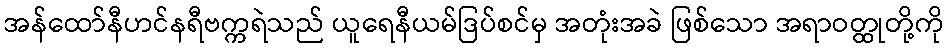
အန်ထော်နီဟင်နရီဗက္ကရဲသည် ယူရေနီယမ်ဒြပ်စင်မှ အတုံးအခဲ ဖြစ်သော အရာဝတ္ထုတို့ကို